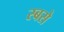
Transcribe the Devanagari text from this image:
स्बसे